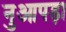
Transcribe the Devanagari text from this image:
नुआपड़ा